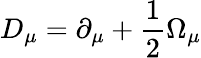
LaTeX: D_{\mu}=\partial_{\mu}+{\frac{1}{2}}\Omega_{\mu}